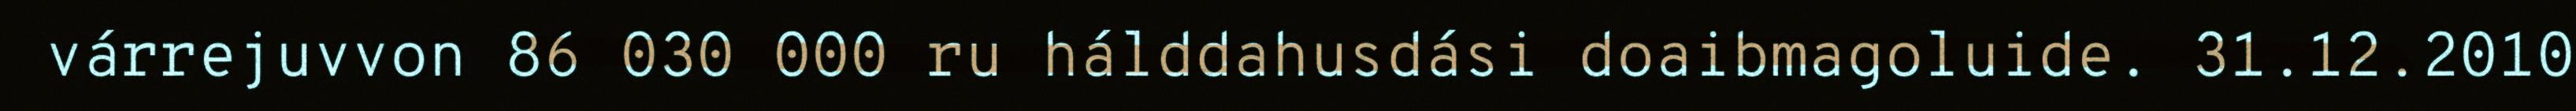
várrejuvvon 86 030 000 ru hálddahusdási doaibmagoluide. 31.12.2010